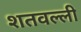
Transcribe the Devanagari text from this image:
शतवल्ली